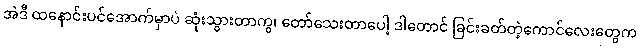
အဲဒီ ထနောင်းပင်အောက်မှာပဲ ဆုံးသွားတာကွ၊ တော်သေးတာပေါ့ ဒါတောင် ခြင်းခတ်တဲ့ကောင်လေးတွေက